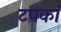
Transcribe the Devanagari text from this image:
टपकां